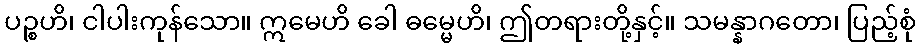
ပဉ္စဟိ၊ ငါပါးကုန်သော။ ဣမေဟိ ခေါ ဓမ္မေဟိ၊ ဤတရားတို့နှင့်။ သမန္နာဂတော၊ ပြည့်စုံ